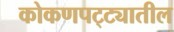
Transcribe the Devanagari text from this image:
कोकणपट्ट्यातील